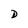
Character: D